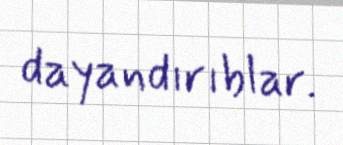
dayandırıblar.